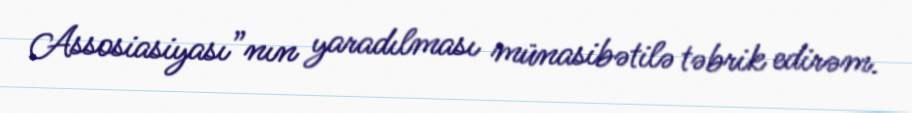
Assosiasiyası”nın yaradılması münasibətilə təbrik edirəm.